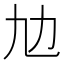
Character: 𠠵